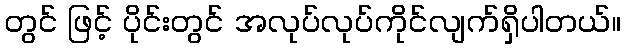
တွင် ဖြင့် ပိုင်းတွင် အလုပ်လုပ်ကိုင်လျက်ရှိပါတယ်။